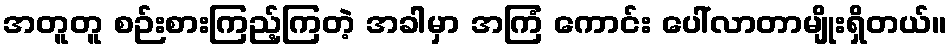
အတူတူ စဉ်းစားကြည့်ကြတဲ့ အခါမှာ အကြံ ကောင်း ပေါ်လာတာမျိုးရှိတယ်။